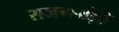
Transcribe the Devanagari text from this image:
राजमर्मज्ञों